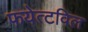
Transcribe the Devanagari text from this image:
फयेत्टविल